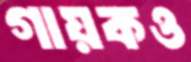
গায়কও